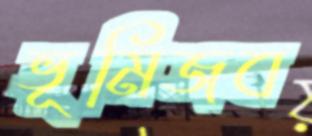
ভূমিজব